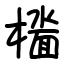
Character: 𫞑